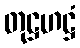
တုဋ္ဌဟဋ္ဌံ